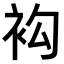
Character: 𧘤